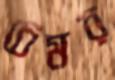
চেমর